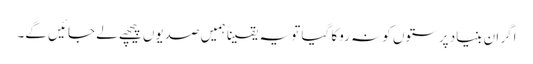
اگر ان بنیاد پرستوں کو نہ روکا گیا تو یہ یقیناً ہمیں صدیوں پیچھے لے جائیں گے۔